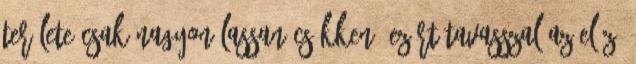
területe csak nagyon lassan csökken, ezért tavasszal az előző